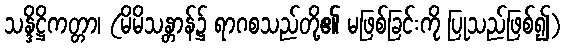
သန္ဒိဋ္ဌိကတ္တာ၊ (မိမိသန္တာန်၌ ရာဂစသည်တို့၏ မဖြစ်ခြင်းကို ပြုသည်ဖြစ်၍)